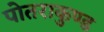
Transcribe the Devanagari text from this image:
पोतराकुण्ड